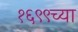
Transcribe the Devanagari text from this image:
१६९९च्या